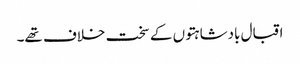
اقبال بادشاہتوں کے سخت خلاف تھے۔